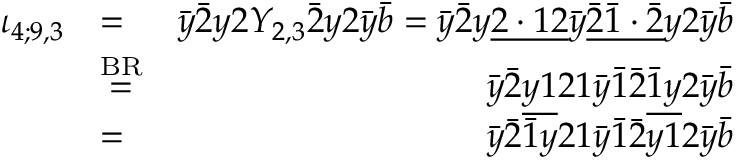
\begin{array} { r l r } { \iota _ { 4 ; 9 , 3 } } & { = } & { \bar { y } \bar { 2 } y 2 Y _ { 2 , 3 } \bar { 2 } y 2 \bar { y } \bar { b } = \bar { y } \bar { 2 } y \underline { { 2 \cdot 1 2 } } \bar { y } \underline { { \bar { 2 } \bar { 1 } \cdot \bar { 2 } } } y 2 \bar { y } \bar { b } } \\ & { \stackrel { \mathrm { B R } } { = } } & { \bar { y } \bar { 2 } \underline { { y 1 } } 2 1 \bar { y } \bar { 1 } \bar { 2 } \underline { { \bar { 1 } y } } 2 \bar { y } \bar { b } } \\ & { = } & { \bar { y } \bar { 2 } \bar { 1 } y 2 1 \bar { y } \bar { 1 } \bar { 2 } y 1 2 \bar { y } \bar { b } } \end{array}